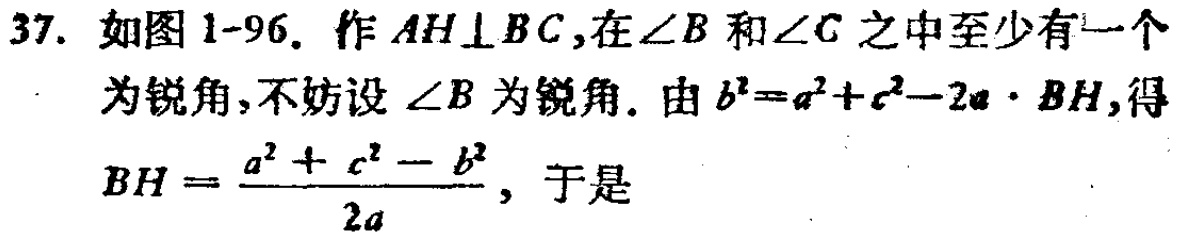
37. 如图1-96. 作 \(AH\perp BC\),在\(\angle B\)和\(\angle C\)之中至少有一个为锐角, 不妨设\(\angle B\)为锐角. 由\(b^{2}=a^{2}+c^{2}-2a\cdot BH\),得

\(BH = \frac{a^{2}+c^{2}-b^{2}}{2a}\), 于是